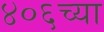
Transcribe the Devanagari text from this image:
४०६च्या